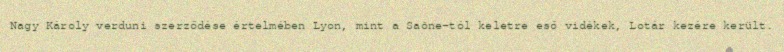
Nagy Károly verduni szerződése értelmében Lyon, mint a Saône-tól keletre eső vidékek, Lotár kezére került.